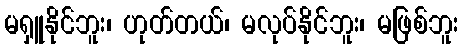
မရှူနိုင်ဘူး၊ ဟုတ်တယ်၊ မလုပ်နိုင်ဘူး၊ မဖြစ်ဘူး